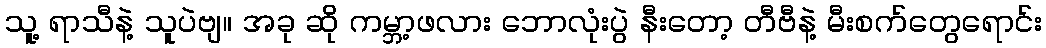
သူ့ ရာသီနဲ့ သူပဲဗျ။ အခု ဆို ကမ္ဘာ့ဖလား ဘောလုံးပွဲ နီးတော့ တီဗီနဲ့ မီးစက်တွေရောင်း